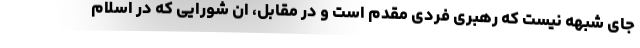
جای شبهه نیست که رهبری فردی مقدم است و در مقابل، ان شورایی که در اسلام